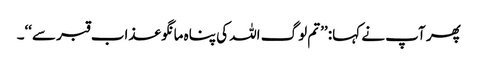
پھر آپ نے کہا: ’’تم لوگ اللہ کی پناہ مانگو عذاب قبر سے‘‘۔